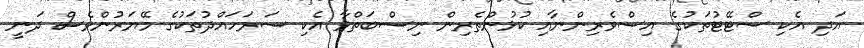
އަދި އެކި ސްޓޭޓުތަކުގެ އިސްވެރިންނާއި ކުޅުންތެރިން ނިސްބަތްވާ އެކި ސަރަހައްދުތަކުގެ މޭޔަރުންވެސް ދަނީ